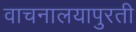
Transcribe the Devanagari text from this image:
वाचनालयापुरती